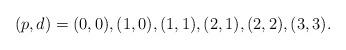
LaTeX: \begin{align*}(p,d) = (0,0), (1,0), (1,1), (2,1), (2,2), (3,3).\end{align*}